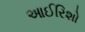
આઈરિશો